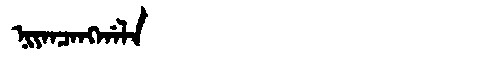
Manchu: ᠨᡳᠶᠠᠨᠴᠠᠩᡤᠠᠯᠠ
Romanization: NIYANCANGGALA